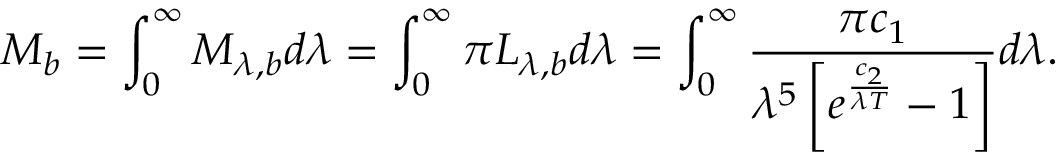
M _ { b } = \int _ { 0 } ^ { \infty } M _ { \lambda , b } d \lambda = \int _ { 0 } ^ { \infty } \pi L _ { \lambda , b } d \lambda = \int _ { 0 } ^ { \infty } \frac { \pi c _ { 1 } } { \lambda ^ { 5 } \left[ e ^ { \frac { c _ { 2 } } { \lambda T } } - 1 \right] } d \lambda \mathrm { . }